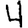
Digit: 4